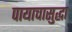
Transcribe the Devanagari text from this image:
पायाचासुद्धा